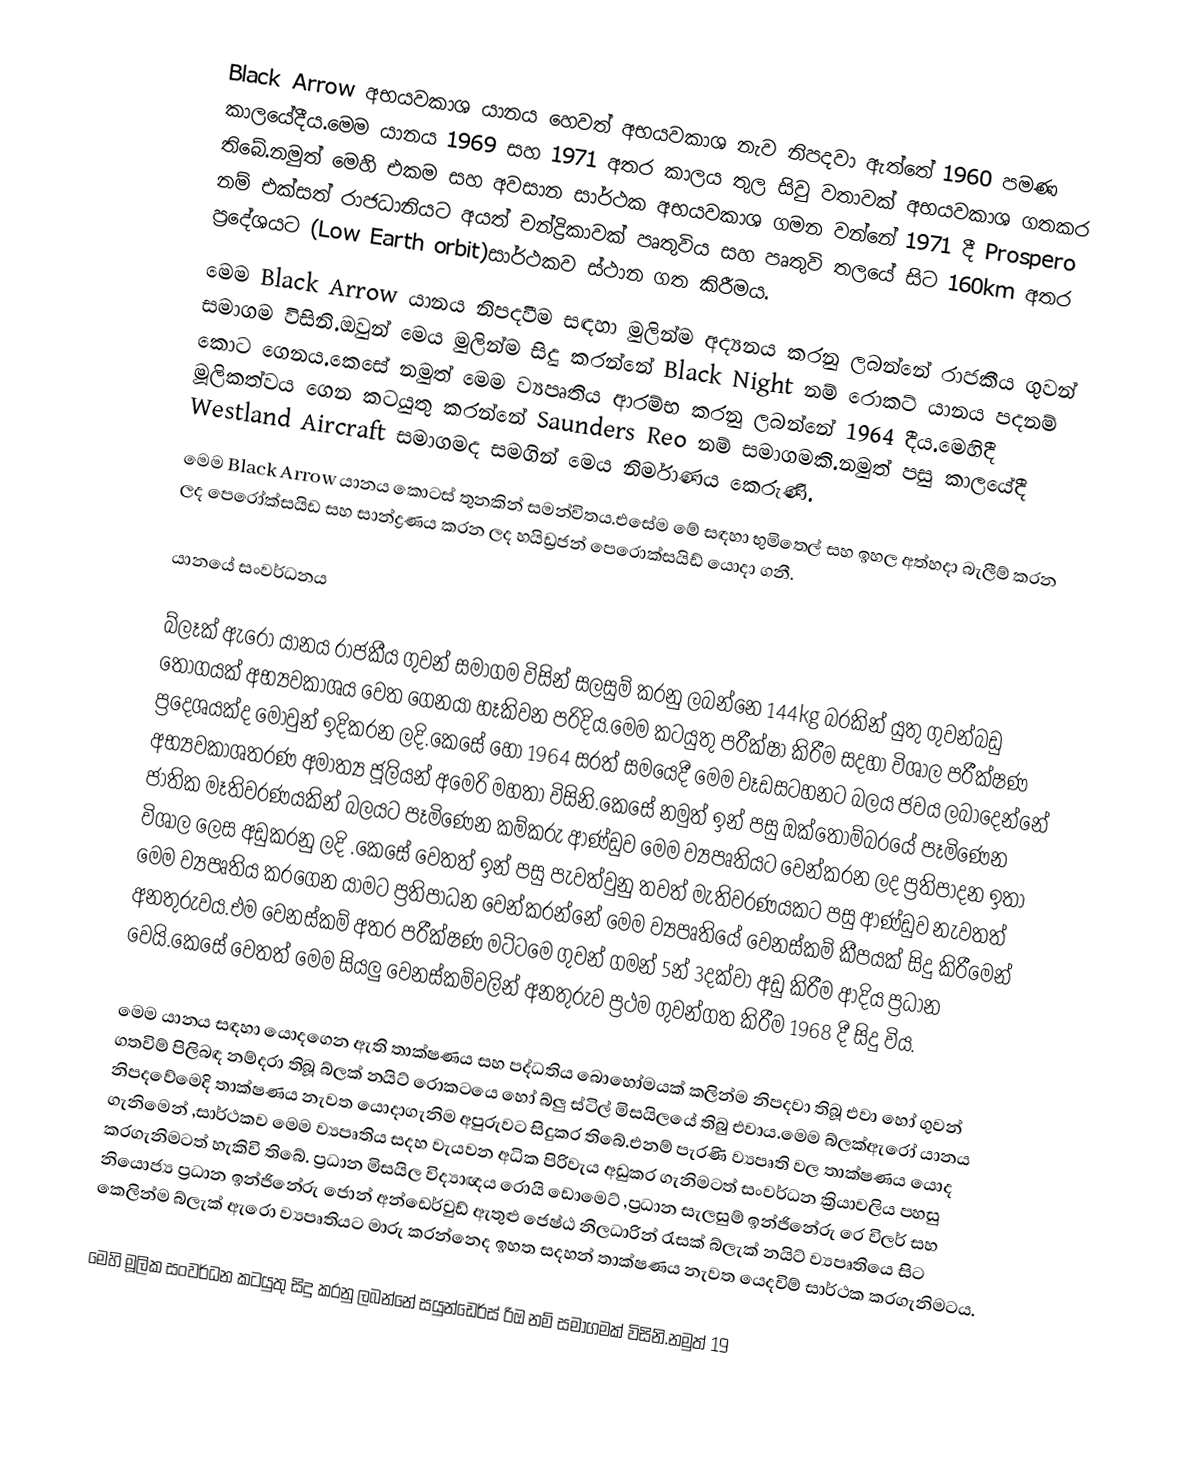
Black Arrow අභයවකාශ යානය හෙවත් අභයවකාශ නැව නිපදවා ඇත්තේ 1960 පමණ කාලයේදීය.මෙම යානය 1969 සහ 1971 අතර කාලය තුල සිවු වතාවක් අභයවකාශ ගතකර තිබේ.නමුත් මෙහි එකම සහ අවසාන සාර්ථක අභයවකාශ ගමන වන්නේ 1971 දී  Prospero නම්  එක්සත් රාජධානියට අයත් චන්ද්‍රිකාවක් පෘතුවිය සහ පෘතුවි තලයේ සිට 160km අතර ප්‍රදේශයට (Low Earth orbit)සාර්ථකව ස්ථාන ගත කිරීමය.
මෙම Black Arrow යානය නිපදවීම සඳහා මුලින්ම අද්‍යනය  කරනු ලබන්නේ රාජකීය ගුවන් සමාගම විසිනි.ඔවුන් මෙය මුලින්ම සිදු කරන්නේ Black Night නම් රොකට් යානය පදනම් කොට ගෙනය.කෙසේ නමුත් මෙම ව්‍යපෘතිය  ආරම්භ කරනු ලබන්නේ 1964 දීය.මෙහිදී මූලිකත්වය ගෙන කටයුතු කරන්නේ Saunders Reo නම් සමාගමකි.නමුත් පසු කාලයේදී Westland Aircraft සමාගමද සමගින් මෙය නිර්මාණය කෙරුණි.
මෙම Black Arrow යානය කොටස් තුනකින් සමන්විතය.එසේම මේ සඳහා භුමිතෙල් සහ ඉහල අත්හදා බැලීම් කරන ලද පෙරෝක්සයිඩ සහ සාන්ද්‍රණය කරන ලද හයිඩ්‍රජන් පෙරොක්සයිඩ්  යොදා ගනී.

යානයේ සංවර්ධනය

බ්ලෑක් ඇරෝ යානය රාජකීය ගුවන් සමාගම විසින් සලසුම් කරනු ලබන්නෙ 144kg බරකින් යුතු ගුවන්බඩු තොගයක් අභ්‍යවකාශය  වෙත ගෙනයා හෑකිවන පරිදිය.මෙම කටයුතු පරීක්ෂා  කිරීම සදහා විශාල පරීක්ෂණ  ප්‍රදෙශයක්ද මොවුන් ඉදිකරන ලදි.කෙසේ හො 1964 සරත් සමයෙදී මෙම වෑඩසටහනට බලය ජවය ලබාදෙන්නේ අභ්‍යවකාශතරණ  අමාත්‍ය ජූලියන් අමෙරි මහතා විසිනි.කෙසේ නමුත් ඉන් පසු ඔක්තොම්බරයේ පෑමිණෙන ජාතික මෑතිවරණයකින් බලයට පෑමිණෙන කම්කරු ආණ්ඩුව මෙම ව්‍ය්පෘතියට වෙන්කරන ලද ප්‍රතිපාදන ඉතා විශාල ලෙස අඩුකරනු ලදි .කෙසේ වෙතත් ඉන් පසු පැවත්වුනු තවත් මැතිවරණයකට පසු ආණ්ඩුව නැවතත් මෙම ව්‍ය්පෘතිය කරගෙන යාමට ප්‍රතිපාධන වෙන්කරන්නේ මෙම ව්‍ය්පෘතියේ වෙනස්කම් කීපයක් සිදු කිරීමෙන් අනතුරුවය.එම වෙනස්කම් අතර පරීක්ෂණ  මට්ටමෙ ගුවන් ගමන් 5න් 3දක්වා අඩු කිරීම ආදිය ප්‍රධාන වෙයි.කෙසේ වෙතත් මෙම සියලු වෙනස්කම්වලින් අනතුරුව ප්‍රථම ගුවන්ගත කිරීම 1968 දී සිදු විය.

මෙම යානය සඳහා යොදගෙන ඇති තාක්ෂණය සහ පද්ධතිය බොහෝමයක් කලින්ම නිපදවා තිබූ එවා හෝ ගුවන් ගතවිම් පිලිබඳ නම්දරා තිබූ බ්ලක් නයිට් රොකටයෙ හෝ  බ්ලු ස්ටිල් මිසයිලයේ තිබු එවාය.මෙම බ්ලක්ඇරෝ යානය නිපදවේමෙදි තාක්ෂණය නැවත යොදාගැනිම අපුරුවට සිදුකර තිබේ.එනම් පැරණි ව්‍යපෘති වල තාක්ෂණය යොද ගැනිමෙන් ,සාර්ථකව මෙම ව්‍යපෘතිය සදහ වැයවන අධික පිරිවැය අඩුකර ගැනිමටත් සංවර්ධන ක්‍රියාවලිය පහසු කරගැනිමටත් හැකිවි තිබේ. ප්‍රධාන මිසයිල විද්‍යාඥය රොයි ඩොමෙට් ,ප්‍රධාන සැලසුම් ඉන්ජිනේරු රෙ විලර් සහ නියොජ්‍ය ප්‍රධාන ඉන්ජිනේරු ජොන් අන්ඩෙර්වුඩ් ඇතුළු ජෙෂ්ඨ නිලධාරින් රැසක් බ්ලැක් නයිට් ව්‍යපෘතියෙ සිට කෙලින්ම බ්ලැක් ඇරො ව්‍යපෘතියට මාරු කරන්නෙද ඉහත සදහන් තාක්ෂණය නැවත යෙදවිම් සාර්ථක කරගැනිමටය.

මෙහි මූලික සංවර්ධන කටයුතු සිදු  කරනු ලබන්නේ සයුන්ඩෙර්ස්  රිඔ නම් සමාගමක් විසිනි.නමුත් 19